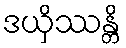
ဒယှိဿန္တိ